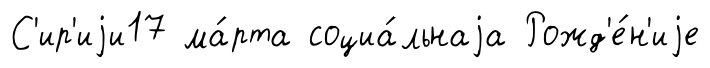
С'ир'иjи17 ма́рта социа́льнаjа Рожд'е́н'иjе